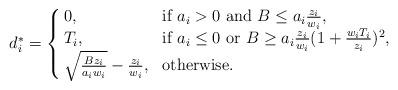
LaTeX: \begin{align*}d_i^*=\left\{\kern-1mm\begin{array}{ll} 0, &\mbox{if}~a_i>0~\mbox{and}~B\le a_i\frac{z_i}{w_i}, \\ T_i, &\mbox{if}~a_i\le0~\mbox{or}~B\ge a_i\frac{z_i}{w_i}(1+\frac{w_iT_i}{z_i})^2,\\\sqrt{\frac{Bz_i}{a_iw_i}}-\frac{z_i}{w_i},&\mbox{otherwise}. \end{array}\right.\end{align*}